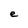
Character: e